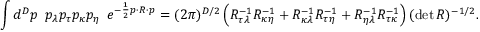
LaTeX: \int d ^ { D } p \, \, \, p _ { \lambda } p _ { \tau } p _ { \kappa } p _ { \eta } \, \, \, e ^ { - \frac { 1 } { 2 } p \cdot R \cdot p } = ( 2 \pi ) ^ { D / 2 } \left( R _ { { \tau } { \lambda } } ^ { - 1 } R _ { { \kappa } { \eta } } ^ { - 1 } + R _ { { \kappa } { \lambda } } ^ { - 1 } R _ { { \tau } { \eta } } ^ { - 1 } + R _ { { \eta } { \lambda } } ^ { - 1 } R _ { { \tau } { \kappa } } ^ { - 1 } \right) ( \operatorname * { d e t } R ) ^ { - 1 / 2 } . \nonumber \,